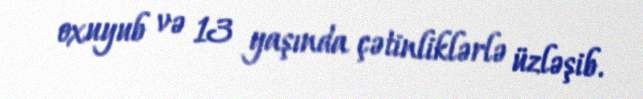
oxuyub və 13 yaşında çətinliklərlə üzləşib.